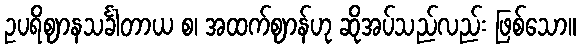
ဥပရိဈာနသင်္ခါတာယ စ၊ အထက်ဈာန်ဟု ဆိုအပ်သည်လည်း ဖြစ်သော။